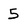
Character: 5